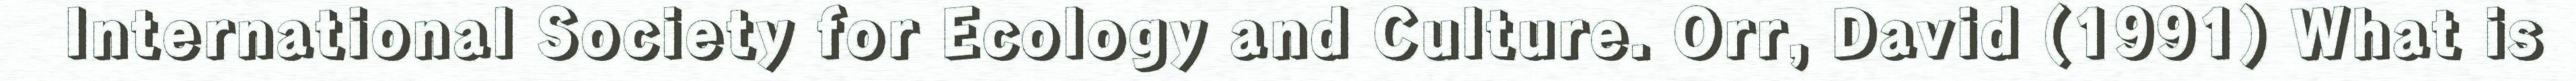
International Society for Ecology and Culture. Orr, David (1991) What is